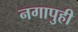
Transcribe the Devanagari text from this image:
नगापुही